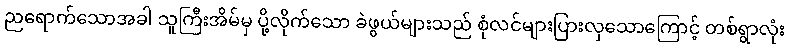
ညရောက်သောအခါ သူကြီးအိမ်မှ ပို့လိုက်သော ခဲဖွယ်များသည် စုံလင်များပြားလှသောကြောင့် တစ်ရွာလုံး